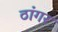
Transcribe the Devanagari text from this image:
ठांगर